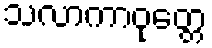
သလာကာဝုတ္တေ